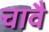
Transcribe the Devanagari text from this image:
चावै